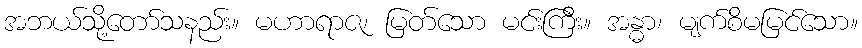
အဘယ်သို့တော်သနည်း။ မဟာရာဇ၊ မြတ်သော မင်းကြီး။ အန္ဓာ၊ မျက်စိမမြင်သော။